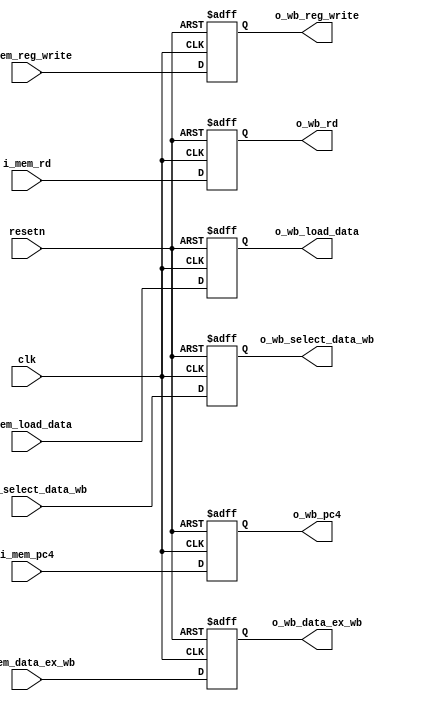
module MEM_WB_Reg(
    input wire clk, resetn,
    input wire [31:0] i_mem_data_ex_wb, i_mem_load_data, i_mem_pc4,
    input wire [4:0] i_mem_rd,
    input wire [1:0] i_mem_select_data_wb,
    input wire i_mem_reg_write,
    output reg [31:0] o_wb_data_ex_wb, o_wb_load_data, o_wb_pc4,
    output reg [4:0] o_wb_rd, 
    output reg [1:0] o_wb_select_data_wb,
    output reg o_wb_reg_write
);
    always @(posedge clk or negedge resetn) begin
        if(!resetn) begin
            o_wb_data_ex_wb <= 32'd0;
            o_wb_load_data <= 32'd0;
            o_wb_pc4 <= 32'd0;
            o_wb_rd <= 5'd0;
            o_wb_select_data_wb <= 2'd0;
            o_wb_reg_write <= 1'b0;
        end
        else begin
            o_wb_data_ex_wb <= i_mem_data_ex_wb;
            o_wb_load_data <= i_mem_load_data;
            o_wb_pc4 <= i_mem_pc4;
            o_wb_rd <= i_mem_rd;
            o_wb_select_data_wb <= i_mem_select_data_wb;
            o_wb_reg_write <= i_mem_reg_write;
        end
    end
endmodule